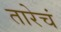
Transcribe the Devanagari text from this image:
तारेचं